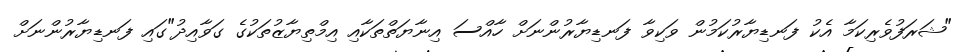
"ޝަރަފުވެރިކަމާ އެކު ފަނޑިޔާރުކަމުން ވަކިވާ ފަނޑިޔާރުންނަށް ހާއްސަ އިނާޔަތްތަކާއި އިމްތިޔާޒުތަކުގެ ގަވާއިދު"ގައި ފަނޑިޔާރުންނަށް